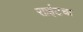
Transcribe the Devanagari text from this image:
साईटचा